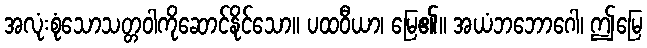
အလုံးစုံသောသတ္တဝါကိုဆောင်နိုင်သော။ ပထဝီယာ၊ မြေ၏။ အယံဘဘောဂေါ၊ ဤမြေ